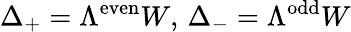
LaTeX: \Delta_{+}=\Lambda^{\mathrm{even}}W,\, \Delta_{-}=\Lambda^{\mathrm{odd}}W